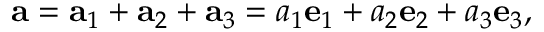
\mathbf { a } = \mathbf { a } _ { 1 } + \mathbf { a } _ { 2 } + \mathbf { a } _ { 3 } = a _ { 1 } { \mathbf { e } } _ { 1 } + a _ { 2 } { \mathbf { e } } _ { 2 } + a _ { 3 } { \mathbf { e } } _ { 3 } ,